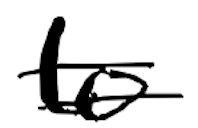
Text: to
Cross-out: double-line
Writing tool: digital_black